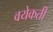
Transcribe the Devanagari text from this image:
वयेकती